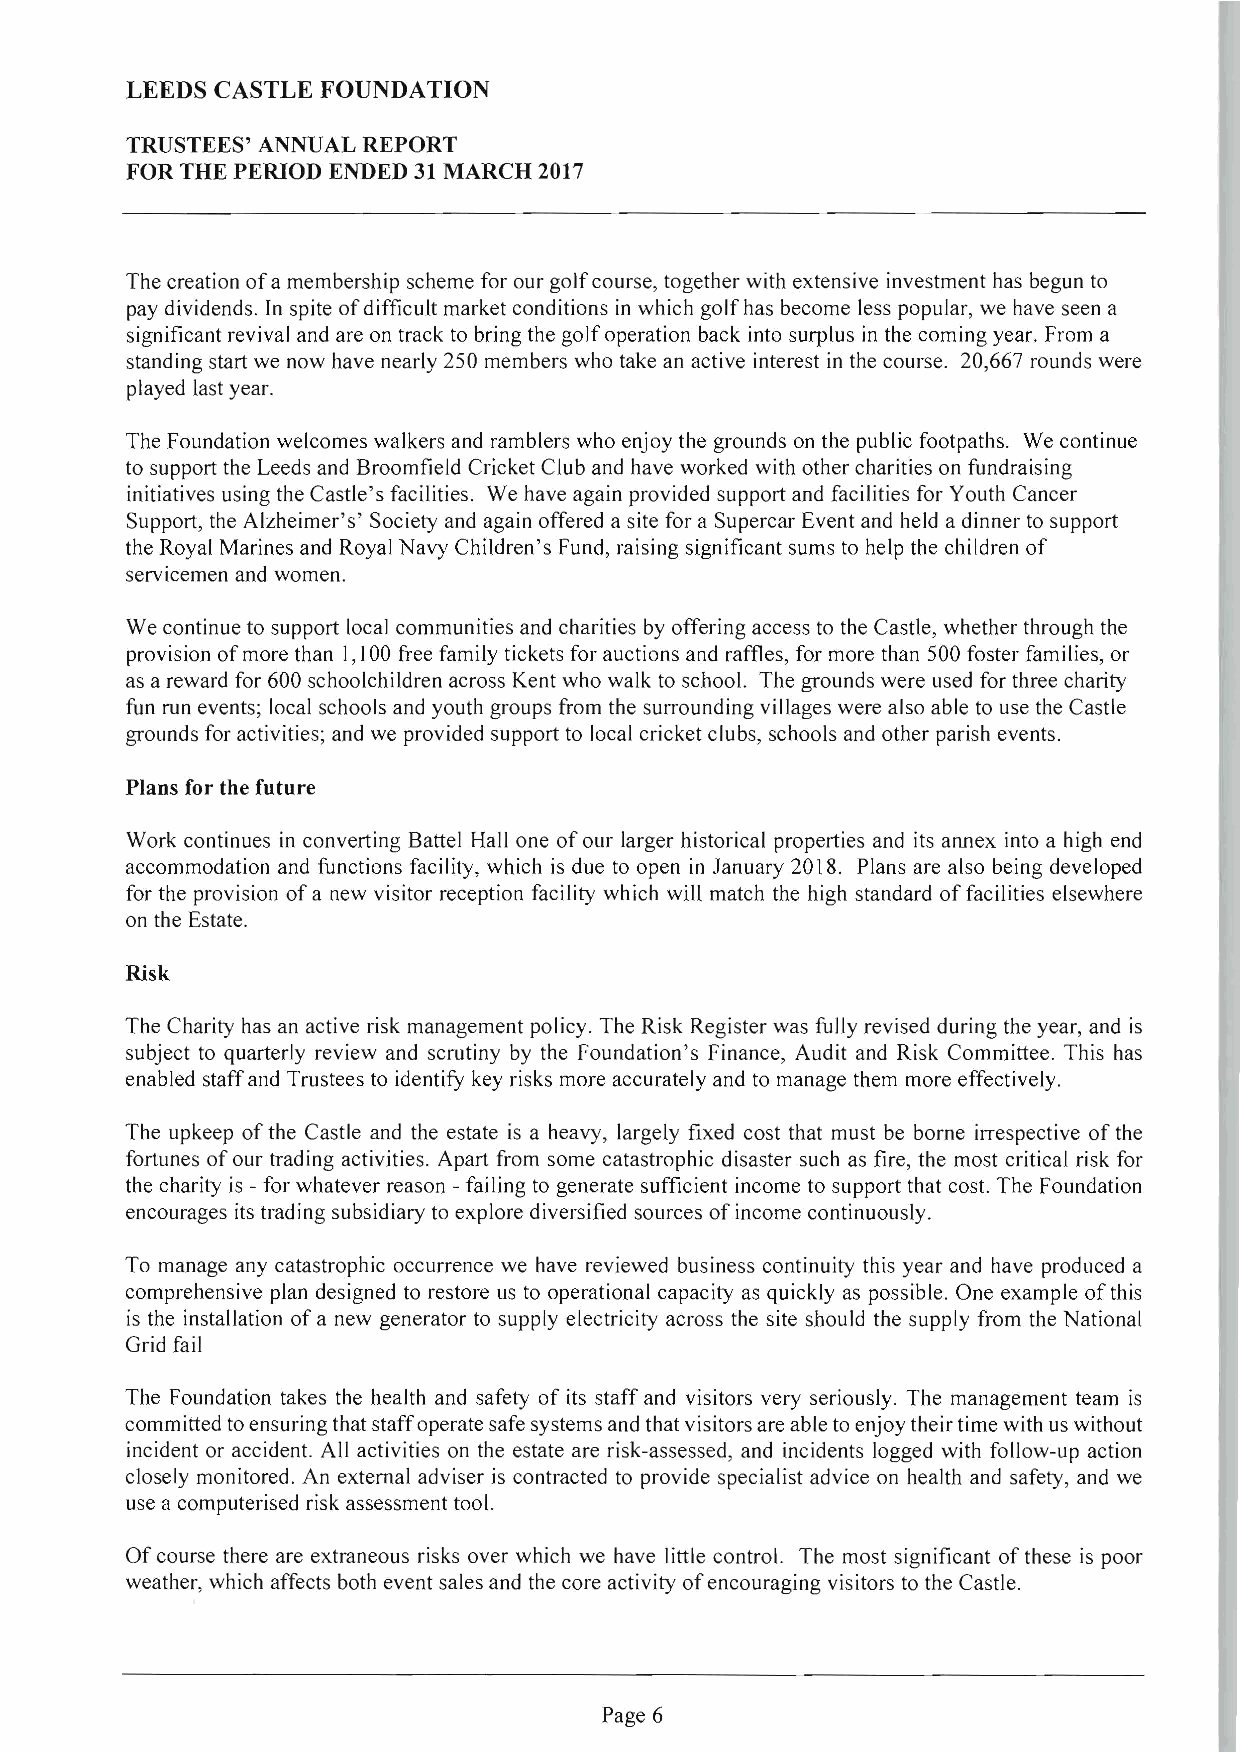
LEEDS CASTLE FOUNDATION
 TRUSTEES' ANNUAL REPORT
 FOR THE PERIOD ENDED 31 MARCH 2017
 The creation ofa membership scheme for our golfcourse, together with extensive investment has begun to
 pay dividends. In spite of difficult market conditions in which golf has become less popular, we have seen a
 significant revival and are on track to bring the golf operation back into surplus in the coming year. From a
 standing start we now have nearly 250 members who take an active interest in the course. 20,667 rounds were
 played last year.
 The Foundation welcomes walkers and ramblers who enjoy the grounds on the public footpaths. We continue
 to support the Leeds and Broomfield Cricket Club and have worked with other charities on fundraising
 initiatives using the Castle's facilities. We have again provided support and facilities for Youth Cancer
 Support, the Alzheimer's' Society and again offered a site for a Supercar Event and held a dinner to support
 the Royal Marines and Royal Navy Children's Fund, raising significant sums to help the children of
 servicemen and women.
 We continue to support local communities and charities by offering access to the Castle, whether through the
 provision of more than I, I00 free family tickets for auctions and raffles, for more than 500 foster families, or
 as a reward for 600 schoolchildren across Kent who walk to school. The grounds were used for three charity
 fun run events; local schools and youth groups from the surrounding villages were also able to use the Castle
 grounds for activities; and we provided support to local cricket clubs, schools and other parish events.
 Plans for the future
 Work continues in converting Battel Hall one of our larger historical properties and its annex into a high end
 accommodation and functions facility, which is due to open in January 2018. Plans are also being developed
 for the provision of a new visitor reception faci Iity which will match the high standard offacilities elsewhere
 on the Estate.
 Risk
 The Charity has an active risk management policy. The Risk Register was fully revised during the year, and is
 subject to quarterly review and scrutiny by the Foundation's Finance, Audit and Risk Committee. This has
 enabled staff and Tru stees to identify key risks more accurately and to manage them more effectively.
 The upkeep of the Castle and the estate is a heavy, largely fixed cost that must be borne irrespective of the
 fortunes of our trading activities. Apart from some catastrophic disaster such as fire, the most critical risk for
 the charity is - for whatever reason -failing to generate sufficient income to support that cost. The Foundation
 encourages its trading subsidiary to explore diversified sources of income continuously.
 To manage any catastrophic occurrence we have reviewed business continuity this year and have produced a
 comprehensive plan designed to restore us to operational capacity as quickly as possible. One example of this
 is the installation of a new generator to supply electricity across the site should the supply from the National
 Grid fail
 The Foundation takes the health and safety of its staff and visitors very seriously. The management team is
 committed toensuringthat staffoperatesafesystemsand thatvisitorsare ableto enjoytheirtime with us without
 incident or accident. All activities on the estate are risk-assessed, and incidents logged with follow-up action
 closely monitored. An external adviser is contracted to provide specialist advice on health and safety, and we
 use a computerised risk assessment tool.
 Of course there are extraneous risks over which we have little control. The most significant of these is poor
 weather,which affects both event salesand the core activity ofencouraging visitors to the Castle.
 Page 6